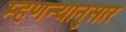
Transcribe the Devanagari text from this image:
म्हणन्यानुसार